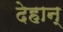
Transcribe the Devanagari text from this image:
देहान्